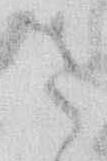
さ